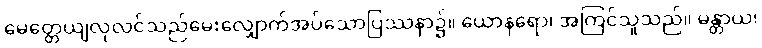
မေတ္တေယျလုလင်သည်မေးလျှောက်အပ်သောပြဿနာ၌။ ယောနရော၊ အကြင်သူသည်။ မန္တာယ၊